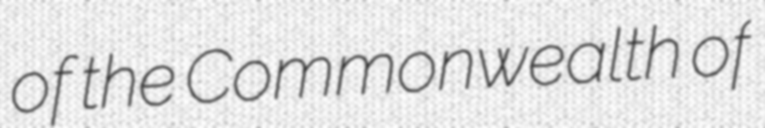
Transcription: of the Commonwealth of